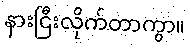
နားငြီးလိုက်တာကွာ။